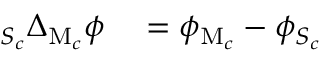
\begin{array} { r l } { _ { S _ { c } } \Delta _ { \mathrm { M } _ { c } } \phi } & { { } = \phi _ { \mathrm { M } _ { c } } - \phi _ { S _ { c } } } \end{array}